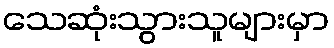
သေဆုံးသွားသူများမှာ